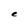
Character: e